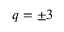
q = \pm 3